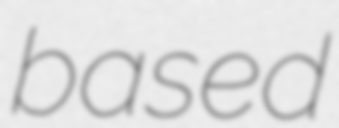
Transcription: based